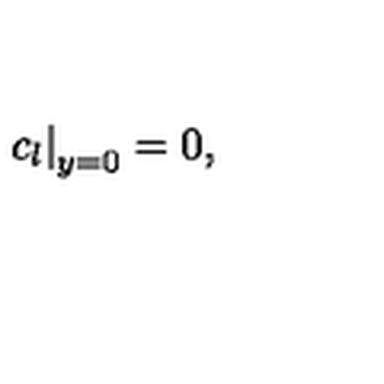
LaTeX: \left. c _ { l } \right| _ { y = 0 } = 0 ,